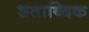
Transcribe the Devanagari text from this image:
शताब्दिक